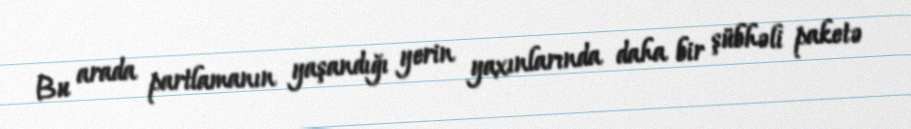
Bu arada partlamanın yaşandığı yerin yaxınlarında daha bir şübhəli paketə